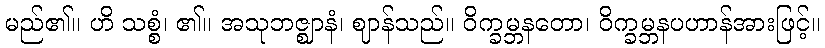
မည်၏။ ဟိ သစ္စံ၊ ၏။ အသုဘဇ္ဈာနံ၊ ဈာန်သည်။ ဝိက္ခမ္ဘနတော၊ ဝိက္ခမ္ဘနပဟာန်အားဖြင့်။